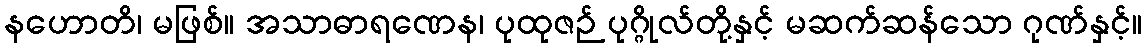
နဟောတိ၊ မဖြစ်။ အသာဓာရဏေန၊ ပုထုဇဉ် ပုဂ္ဂိုလ်တို့နှင့် မဆက်ဆန်သော ဂုဏ်နှင့်။